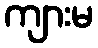
ကျားမ